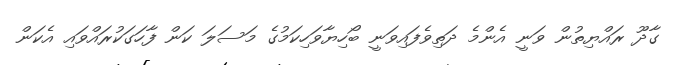
ގާދޫ ރައްޔިތުން ވަނީ އެންމެ ދަތިވެފައިވަނީ ބޯހިޔާވަހިކަމުގެ މަސަލަ ކަން ފާހަގަކުރައްވައި އެކަން